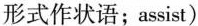
形式作状语;assist)